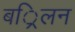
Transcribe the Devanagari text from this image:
बर्िलन